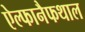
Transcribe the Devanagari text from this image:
ऐल्फानैफथाल